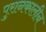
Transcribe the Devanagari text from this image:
पुरानकालीन